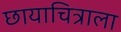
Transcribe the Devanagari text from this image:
छायाचित्राला